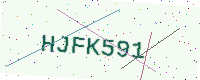
Text: HJFK591